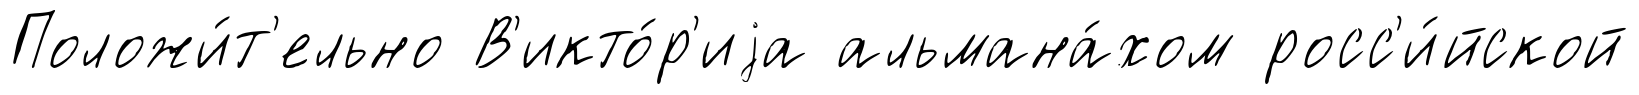
Положи́т'ельно В'икто́р'иjа альмана́хом росс'и́йской